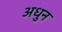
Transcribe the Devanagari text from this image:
अधुन